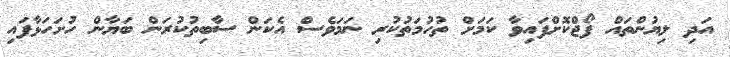
އަދި ލިޔުންތައް ފޯޖްކޮށްފައިވާ ކަމަށް ތުހުމަތުކުރި ނަމަވެސް އެކަން ސާބިތުކުރަން ބަޔާން ހުށަހަޅާފައި